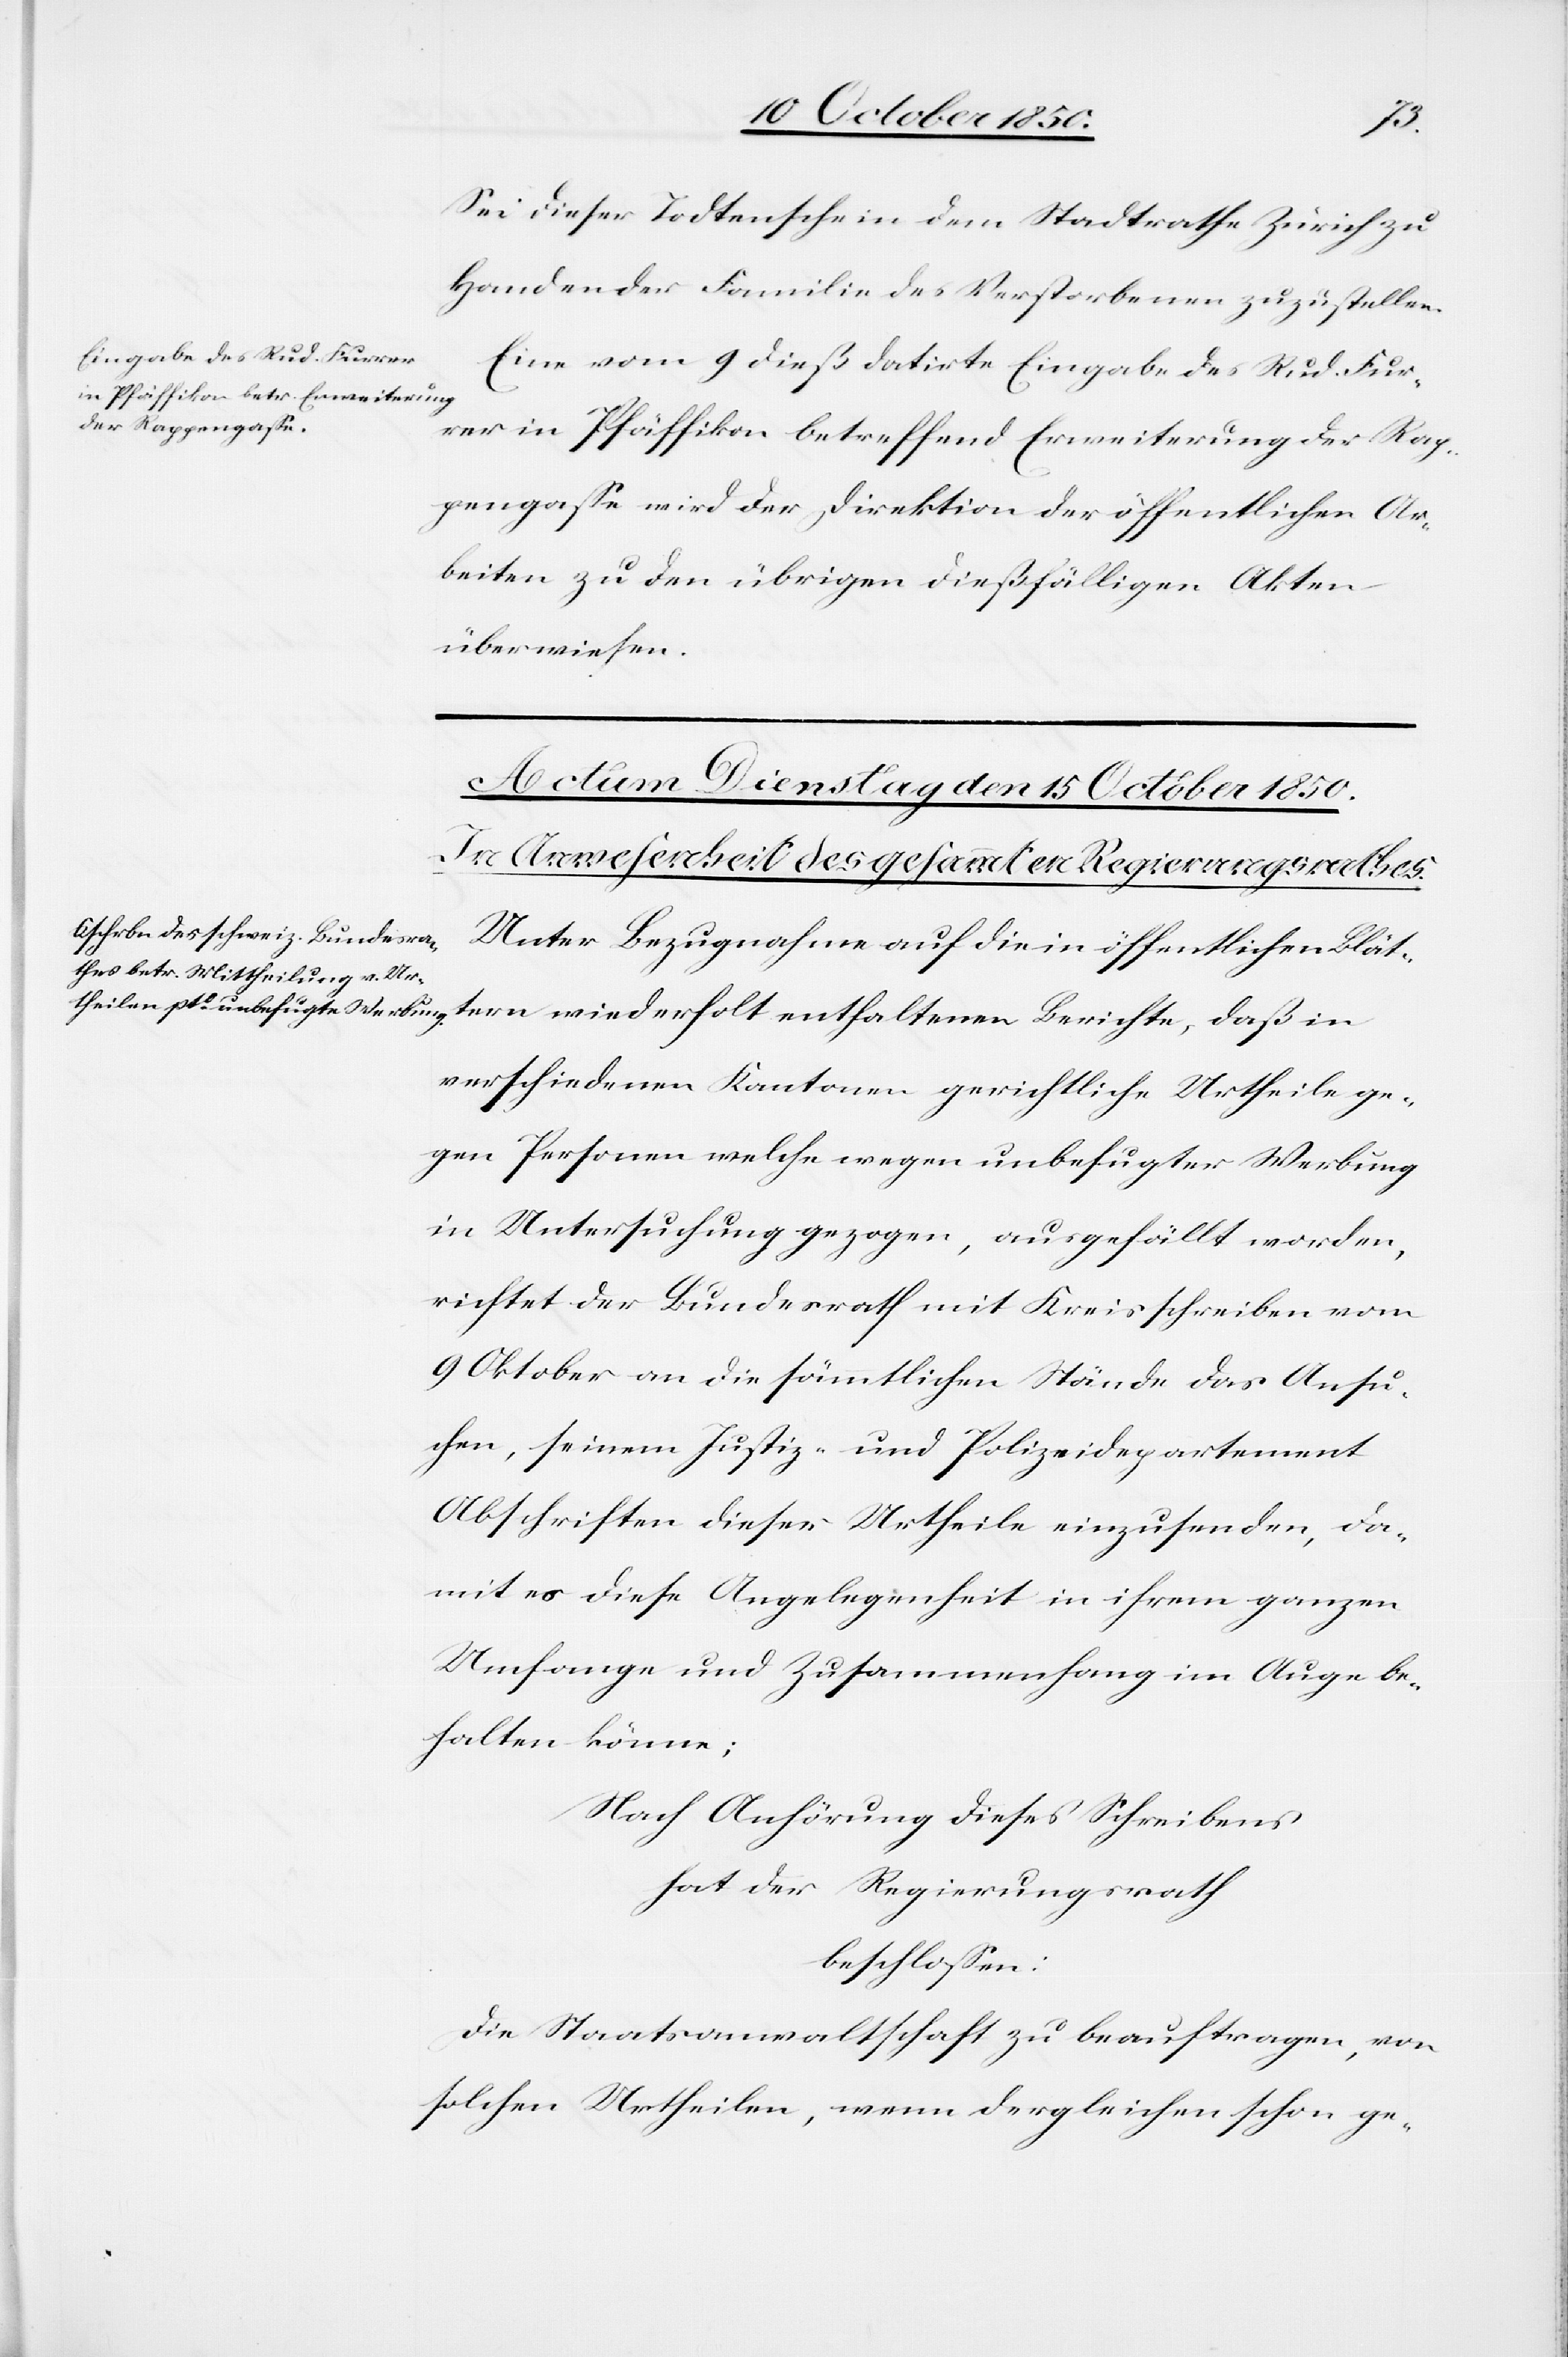
14 October 1850.]
den
Sei dieser Todtenschein dem Stadtrathe Zürich zu
Handen der Familie des Verstorbenen zuzustellen.
Eine vom 9 dieß datirte Eingabe des Rud. Fur¬
rer in Pfäffikon betreffend Erweiterung der Rap¬
pengasse wird der Direktion der öffentlichen Ar¬
beiten zu den übrigen dießfälligen Akten
überwiesen.
Unter Bezugnahme auf die in öffentlichen Blät¬
tern wiederholt enthaltenen Berichte, daß in
verschiedenen Kantonen gerichtliche Urtheil ge¬
gen Personen welche wegen unbefugter Werbung
in Untersuchung gezogen, ausgefällt worden,
richtet der Bundesrath mit Kreisschreiben vom
9 Oktober an die sämmtlichen Stände das Ansu¬
chen, seinem Justiz- und Polizeidepartement
Abschriften dieser Urtheile einzusenden, da¬
mit es diese Angelegenheit in ihrem ganzen
Umfange und Zusammenhang im Auge be¬
halten könne;
Nach Anhörung dieses Schreibens
hat der Regierungsrath
beschlossen:
Die Staatsanwaltschaft zu beauftragen, von
solchen Urtheilen, wenn dergleichen schon ge-